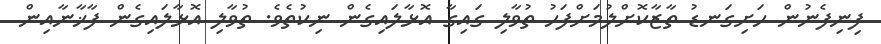
ފިނިފެނުން ހަށިގަނޑު ތާޒާކޮށްލުމަށްފަހު ތުވާލި ގައިގާ އޮޅާލައިގެން ނިކުތެވެ. ތުވާލި އޮޅާލައިގެން ފާޚާނާއިން